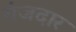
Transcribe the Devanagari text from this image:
गंजदार